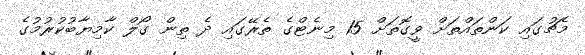
މެޗުގައި ކަންތައްތަށް ވީގޮތަށް 15 މިނެޓްގެ ތެރޭގައި ދެ ތިން ގޯލް ކާމިޔާބުކުރުމުގެ